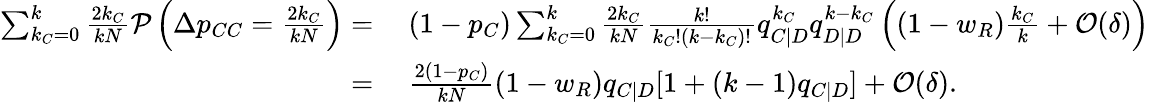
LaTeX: \begin{array}{rl}{\sum_{k_{C}=0}^{k}{\frac{2k_{C}}{kN}\mathcal{P}\left(\Delta p_{CC}=\frac{2k_{C}}{kN}\right)}=}&{{}~(1-p_{C})\sum_{k_{C}=0}^{k}{\frac{2k_{C}}{kN}\frac{k!}{k_{C}!(k-k_{C})!}q_{C|D}^{k_{C}}q_{D|D}^{k-k_{C}}\left((1-w_{R})\frac{k_{C}}{k}+\mathcal{O}(\delta)\right)}}\\ {=}&{{}~\frac{2(1-p_{C})}{kN}(1-w_{R})q_{C|D}[1+(k-1)q_{C|D}]+\mathcal{O}(\delta).}\end{array}